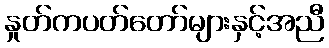
နှုတ်ကပတ်တော်များနှင့်အညီ